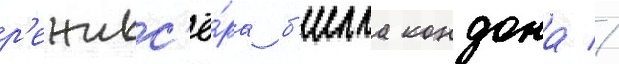
р'ежисс'ё́ра б'илла кондона //